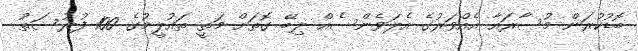
ބޮޑުކުރަން މުސާރައާ އެއްވަރުގެ އެލަވެންސެއް ލިބޭ ގޮތަށް މަތީ ތައުލީމުގެ 100 ފުރުސަތު